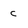
Character: C